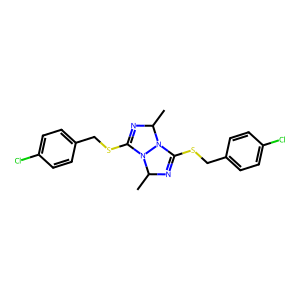
SMILES: CC1N=C(SCc2ccc(Cl)cc2)N2C(C)N=C(SCc3ccc(Cl)cc3)N12
Inhibits HIV replication: No